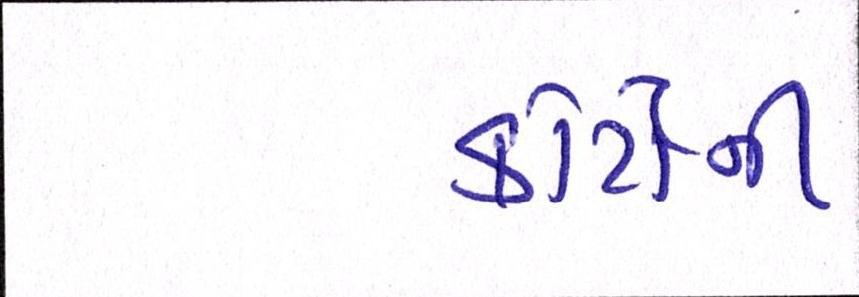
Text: કોર્ટોની